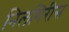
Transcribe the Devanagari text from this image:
निलगिरीस